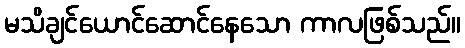
မသိချင်ယောင်ဆောင်နေသော ကာလဖြစ်သည်။